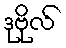
ဒုဗိုလ်